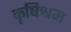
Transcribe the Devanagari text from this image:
कृषिश्रम